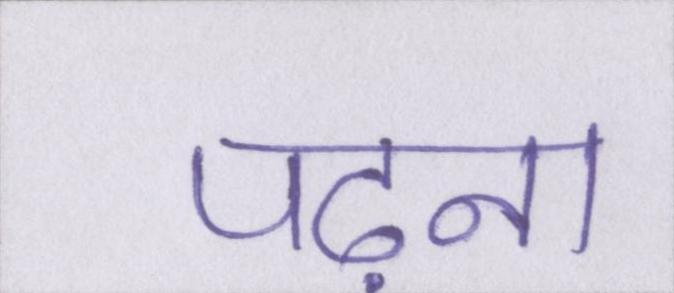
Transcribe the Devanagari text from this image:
पढ़ना